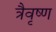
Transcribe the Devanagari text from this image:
त्रैवृष्ण